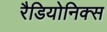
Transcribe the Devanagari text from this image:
रैडियोनिक्स